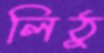
লিঠু